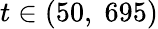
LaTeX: t\in(50,\; 695)